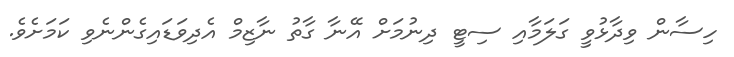
ހިސާން ވިދާޅުވީ ގަލަމާއި ސިޓީ ދިނުމަށް އޭނާ ގާތު ނާޒިމް އެދިވަޑައިގެންނެވި ކަމަށެވެ.